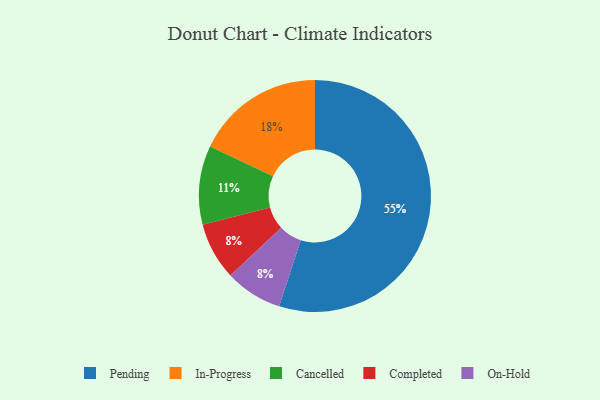
{"axis": {"x": "Category", "y": "Percentage"}, "legend": ["Cancelled", "Completed", "In-Progress", "On-Hold", "Pending"], "data": [{"x": "Completed", "y": 8, "type": "Completed"}, {"x": "Cancelled", "y": 11, "type": "Cancelled"}, {"x": "Pending", "y": 55, "type": "Pending"}, {"x": "In-Progress", "y": 18, "type": "In-Progress"}, {"x": "On-Hold", "y": 8, "type": "On-Hold"}]}